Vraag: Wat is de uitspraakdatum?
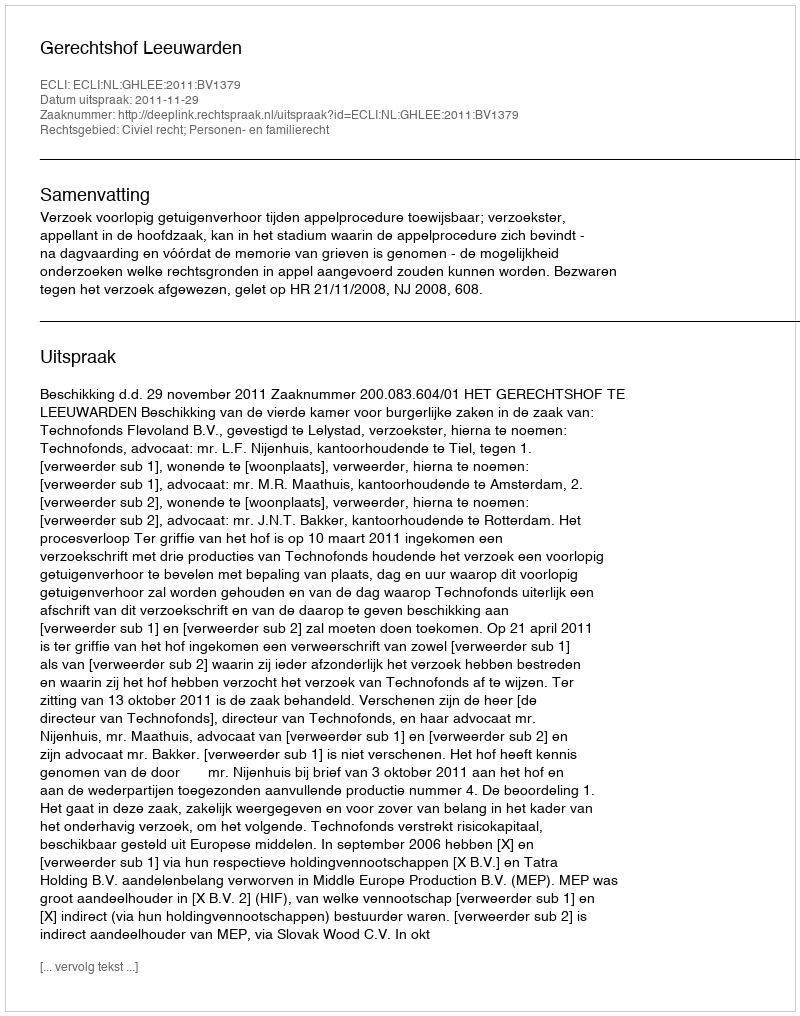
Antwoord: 2011-11-29